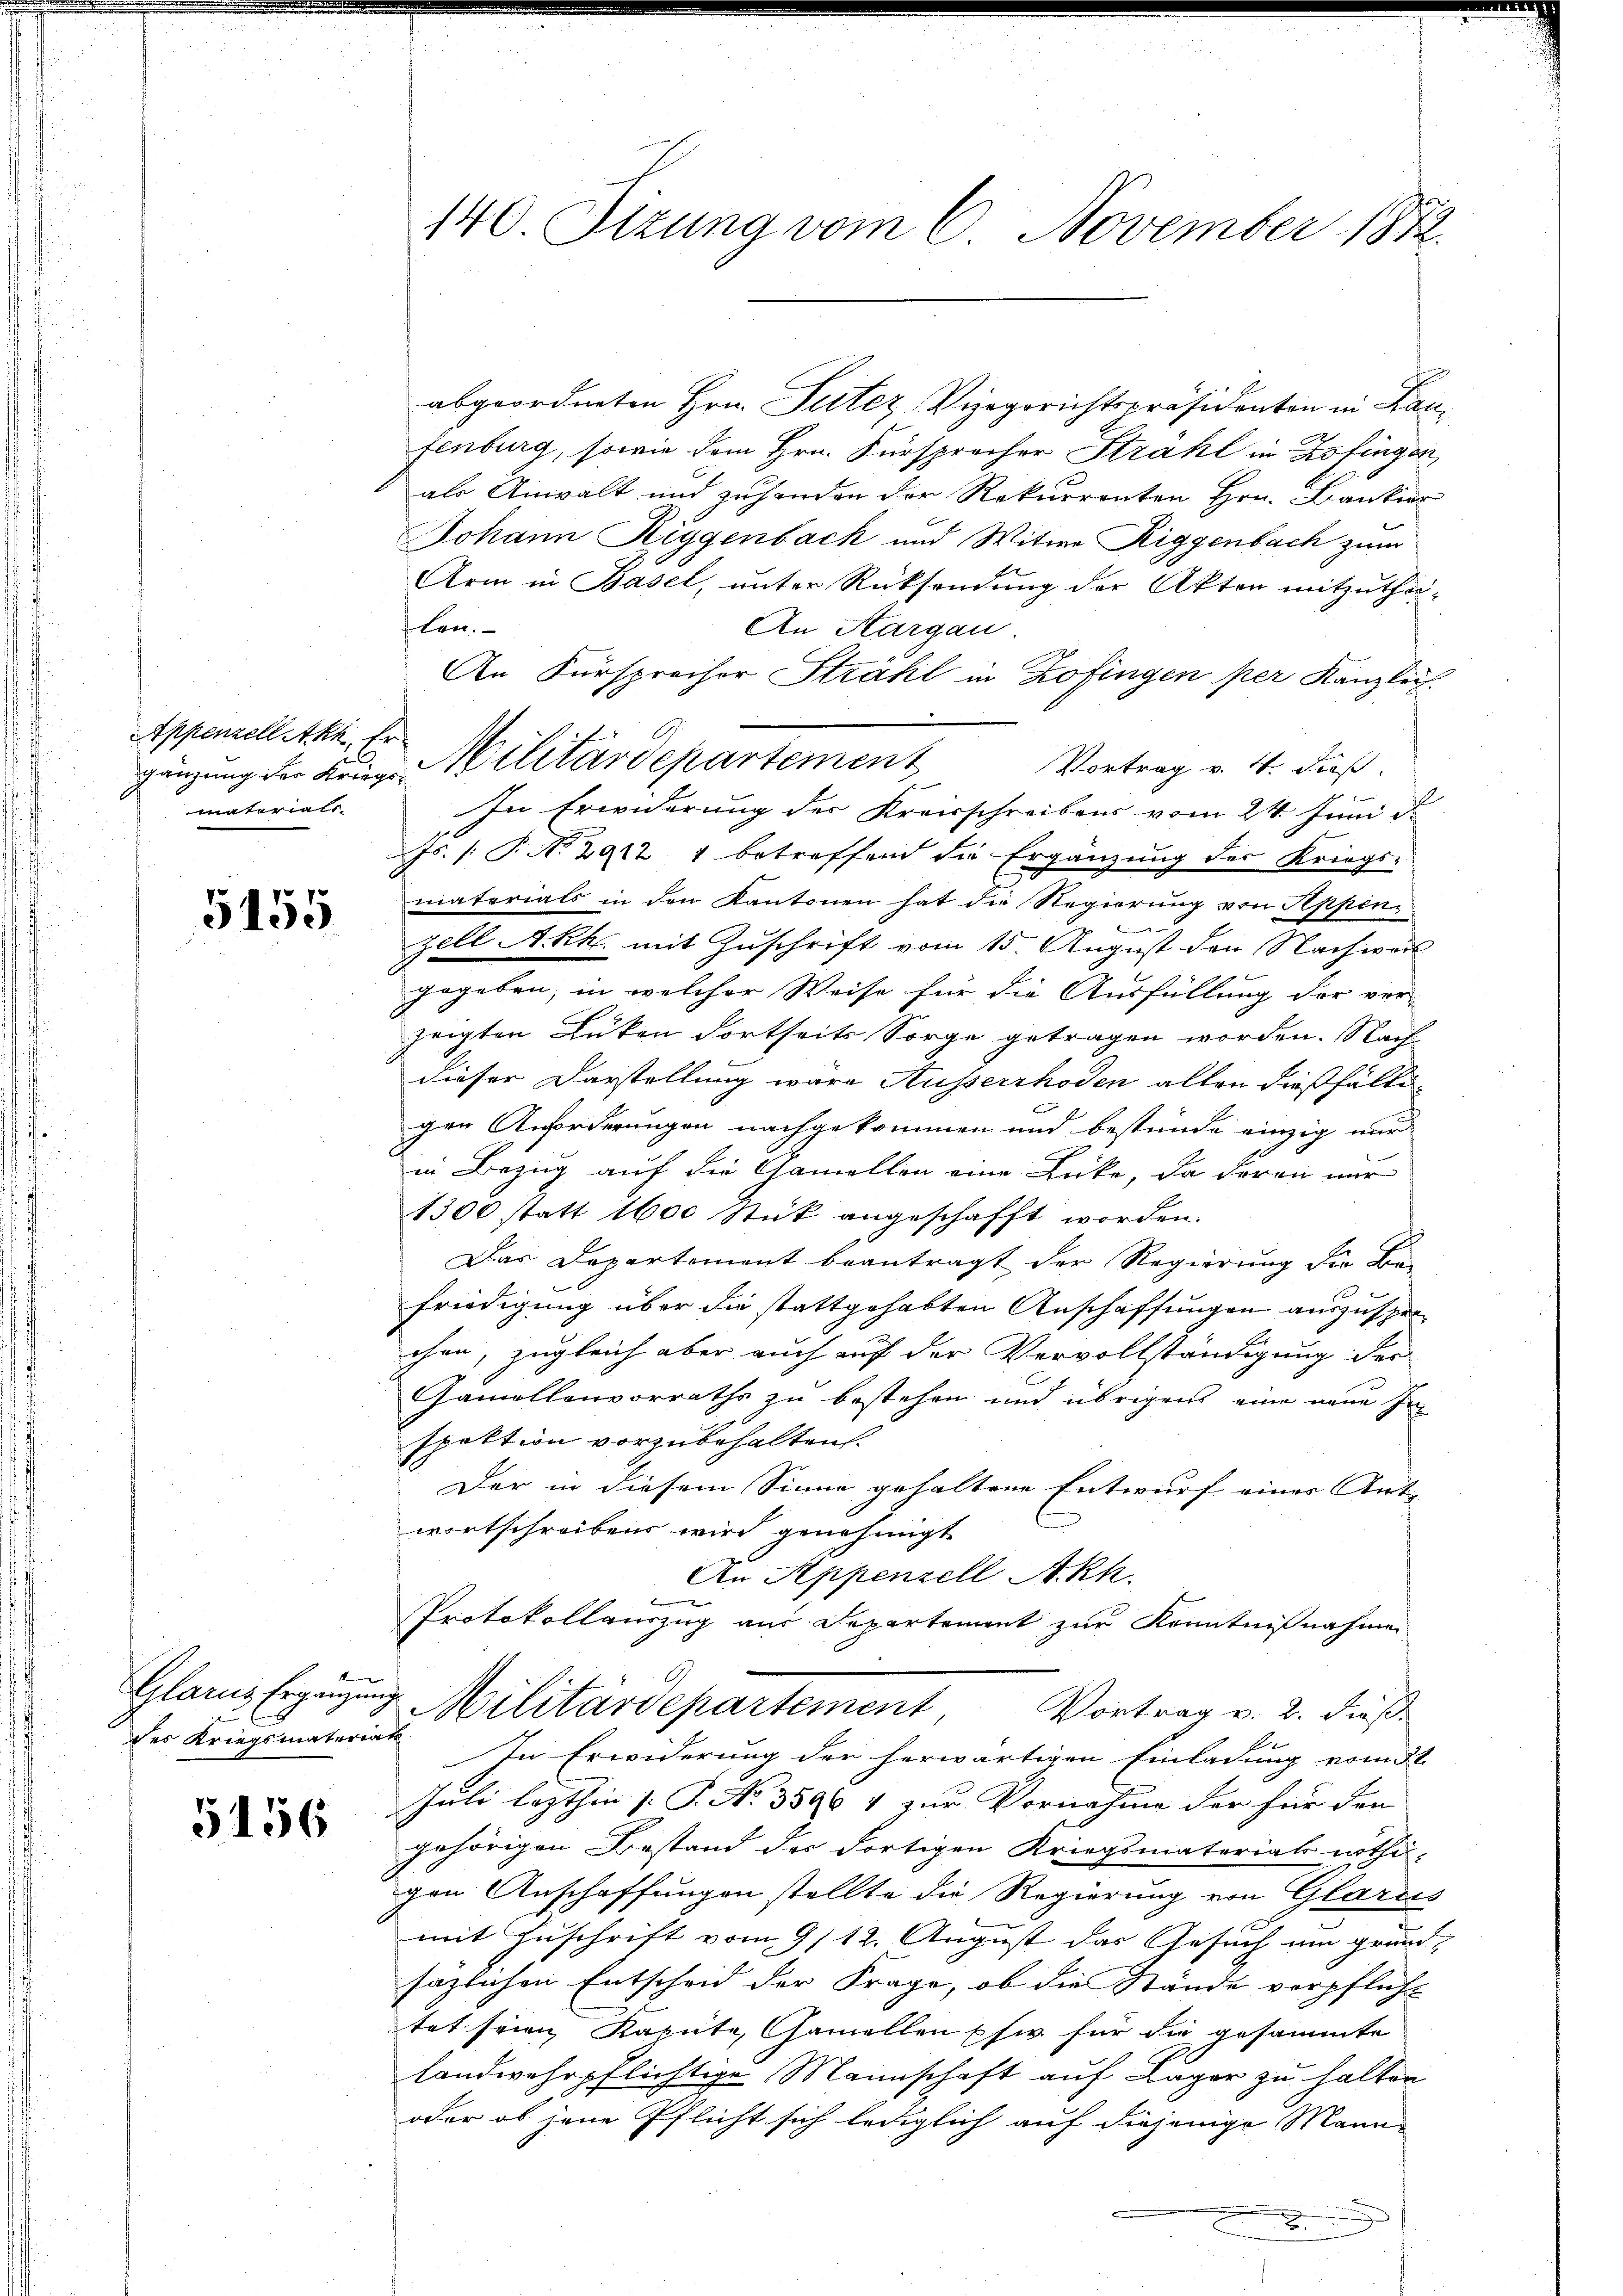
Appenzell Akh, Er-
matoriali

5155

Glarus Ergänzung
des Kriegsmateriat

5156

abgeordneten Hrn. Putez Vizegerichtspräsidenten in Kanfenburg, sowie dem Hrn. Fürsprocher Strahl in Zofingen,
als Anwalt und zuhanden der Rekurrenten Hrn. Bankier
Johann Riggenbach und Witwe Riggenbach zum
Arm in Basel, unter Rücksendung der Akten mitzuthei¬
Lan.
An Aargau
An Fürspreisor Strahl in Zofingen per Kanzlich.
Vortrag v. 4. dieß.
In Erwiderung der Kreisschreibens vom 24. Juni d.
Js. (T. No. 2912, 4 betreffend die Ergänzung der Kriegsmaterials in den Kantonen hat die Regierung von Appen
ei |
zell A.-Rh. mit Zuschrift vom 15. August den Nachweil
gegeben, in welcher Weise für die Ausfüllung der ver-
zeigten Lücken dortseits Sorge getragen worden. Nach
dieser Darstellung wäre Ausserrhoden alten dießfälli
gen Anforderungen nachgekommen und bestünde einzig nur
in Bezug auf die Gamellen eine Lücke, da deren nur
1300 statt 1600 Stück angeschafft worden.
Das Departement beantragt der Regierung die Be-
friedigung über die stattgehabten Anschaffungen auszusprechen, zugleich aber auch auf der Vervollständigung der
Gamollenvorraths zu bestehen und übrigens eine neue In
spektion vorzubehalten.
Der in diesem Sinne gehaltene Entwurf einer Ant-
wortschreiben wird genehmigt.
An Appenzell A.Rh.
8
Protokollauszug aus Departement zur Kenntnißnahme
Militärdepartement Vortrag v. 2. dieß
In Erwiderung der herwärtigen Einladung vom 31.
Juli lezthin (: P. No. 3596 4 zur Vornahme der für den
gehörigen Bestand der Fortigen Kriegsmateriat nothu-
gen Anschaffungen stellte die Regierung von Glarus
mit Zuschrift vom 9/12. August das Gesuch um grund-
sazlichen Entscheid der Frage, ob die Stände verpflicht
tet seien Kapute, Gamellen pfi für die gesammte
landwehrpflichtige Mannschaft auf Lager zu halten
oder ob jene Pflicht sich lediglich auf diejenige Mann
.

140. Sizung vom 6. November 1872.

gänzung der Kriege Militärdepartement